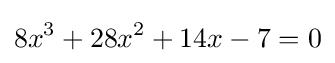
8x^{3}+28x^{2}+14x-7=0